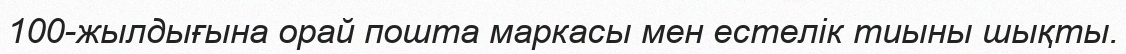
100-жылдығына орай пошта маркасы мен естелік тиыны шықты.